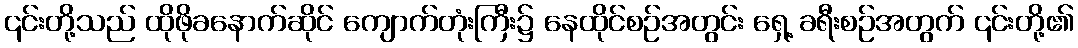
၎င်းတို့သည် ထိုဖိုခနောက်ဆိုင် ကျောက်တုံးကြီး၌ နေထိုင်စဉ်အတွင်း ရှေ့ ခရီးစဉ်အတွက် ၎င်းတို့၏